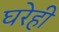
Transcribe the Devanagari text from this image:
घरेही